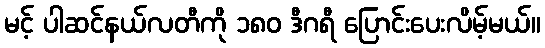
မင့် ပါဆင်နယ်လတီကို ၁၈၀ ဒီဂရီ ပြောင်းပေးလိမ့်မယ်။